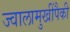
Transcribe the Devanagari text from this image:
ज्वालामुखींपैकी